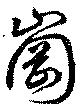
岡